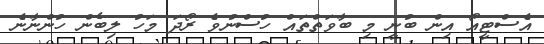
އެސްޓީއޯ އިން ބުނީ މި ބާވަތްތައް ހުސްނުވެ ރޯދަ މަހު ލިބެން ހުންނާނެ